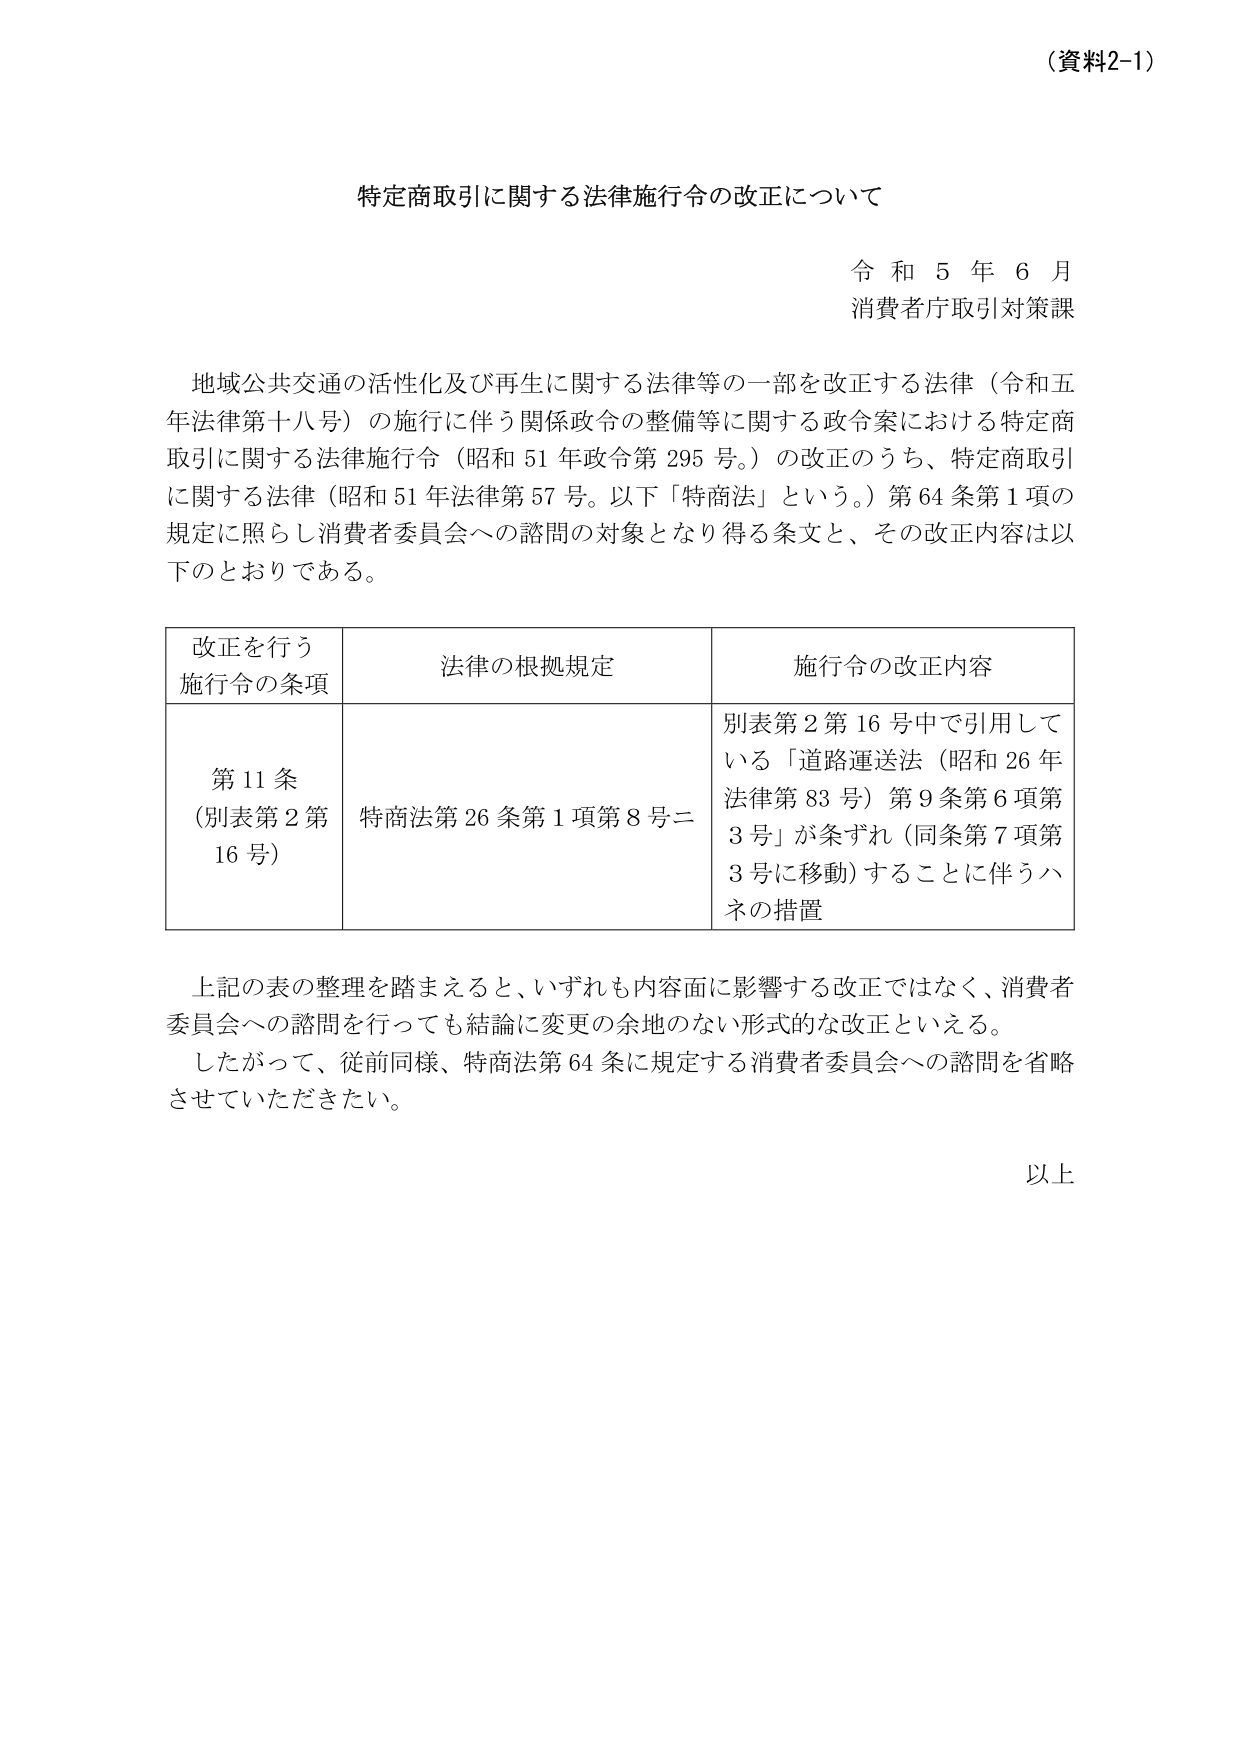
（資料2-1）

特定商取引に関する法律施行令の改正について

令和５年６月
消費者庁取引対策課

地域公共交通の活性化及び再生に関する法律等の一部を改正する法律（令和五年法律第十八号）の施行に伴う関係政令の整備等に関する政令案における特定商取引に関する法律施行令（昭和51年政令第295号。）の改正のうち、特定商取引に関する法律（昭和51年法律第57号。以下「特商法」という。）第64条第1項の規定に照らし消費者委員会への諮問の対象となり得る条文と、その改正内容は以下のとおりである。

| 改正を行う施行令の条項 | 法律の根拠規定 | 施行令の改正内容 |
|------------------------|----------------|------------------|
| 第11条（別表第2第16号） | 特商法第26条第1項第8号ニ | 別表第2第16号中で引用している「道路運送法（昭和26年法律第83号）第9条第6項第3号」が条ずれ（同条第7項第3号に移動）することに伴うハネの措置 |

上記の表の整理を踏まえると、いずれも内容面に影響する改正ではなく、消費者委員会への諮問を行っても結論に変更の余地のない形式的な改正といえる。
したがって、従前同様、特商法第64条に規定する消費者委員会への諮問を省略させていただきたい。

以上